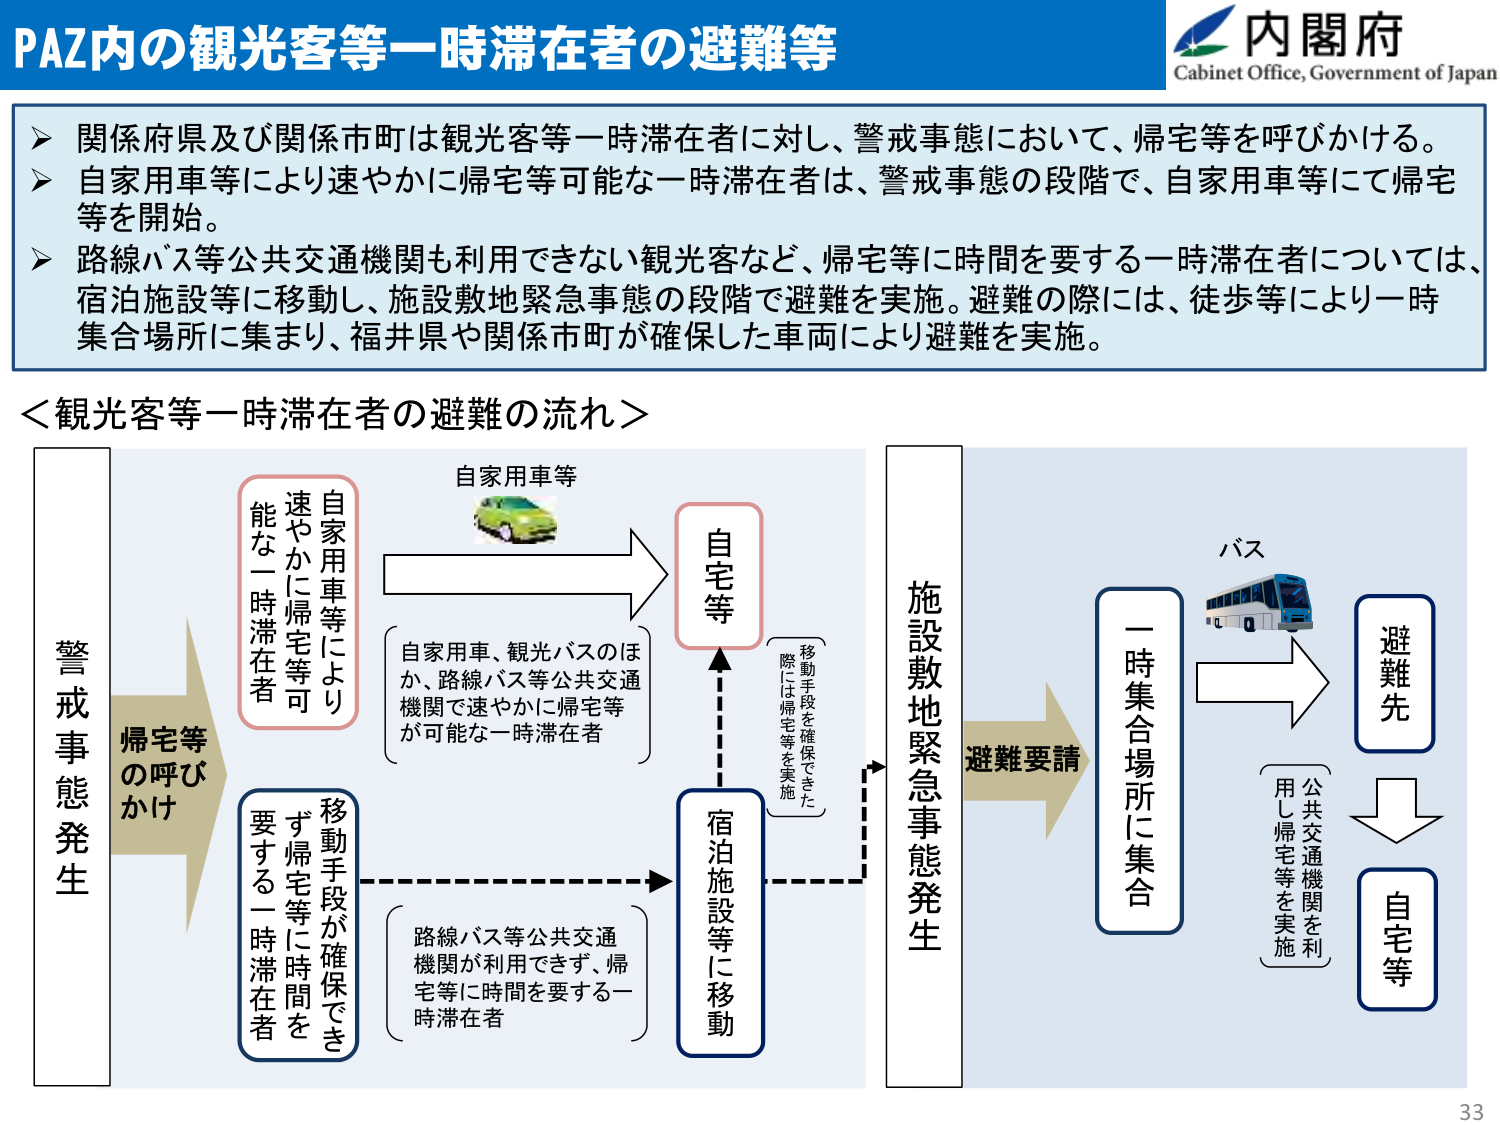
PAZ内の観光客等一時滞在者の避難等

内閣府
Cabinet Office, Government of Japan

▶ 関係府県及び関係市町は観光客等一時滞在者に対し、警戒事態において、帰宅等を呼びかける。
▶ 自家用車等により速やかに帰宅等可能な一時滞在者は、警戒事態の段階で、自家用車等にて帰宅等を開始。
▶ 路線バス等公共交通機関も利用できない観光客など、帰宅等に時間を要する一時滞在者については、宿泊施設等に移動し、施設敷地緊急事態の段階で避難を実施。避難の際には、徒歩等により一時集合場所に集まり、福井県や関係市町が確保した車両により避難を実施。

＜観光客等一時滞在者の避難の流れ＞

警戒事態発生
帰宅等の呼びかけ

自家用車等により
速やかに帰宅等可能な一時滞在者
自家用車等
自宅等
自家用車、観光バスのほか、路線バス等公共交通機関で速やかに帰宅等が可能な一時滞在者

移動手段が確保できず帰宅等に時間を要する一時滞在者
路線バス等公共交通機関が利用できず、帰宅等に時間を要する一時滞在者
宿泊施設等に移動
移動手段を確保できた際には帰宅等を実施

施設敷地緊急事態発生
避難要請

一時集合場所に集合
バス
避難先
公共交通機関を用し帰宅等を実施
自宅等

33